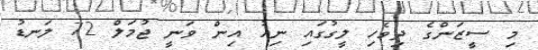
މި ސީޒަންގެ ދިވެހި ލީގުގައި ނިއު އިން ވަނީ ޖުމަލް 72 ލަނޑު